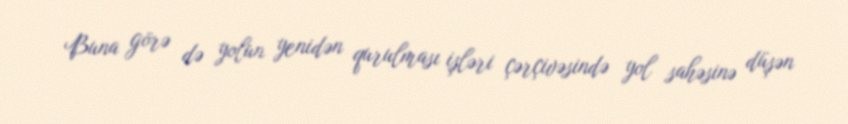
Buna görə də yolun yenidən qurulması işləri çərçivəsində yol sahəsinə düşən